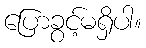
ပြောခွင့်မရှိပါ။